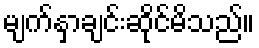
မျက်နှာချင်းဆိုင်မိသည်။